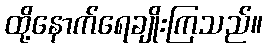
ထို့နောက်ရေချိုးကြသည်။